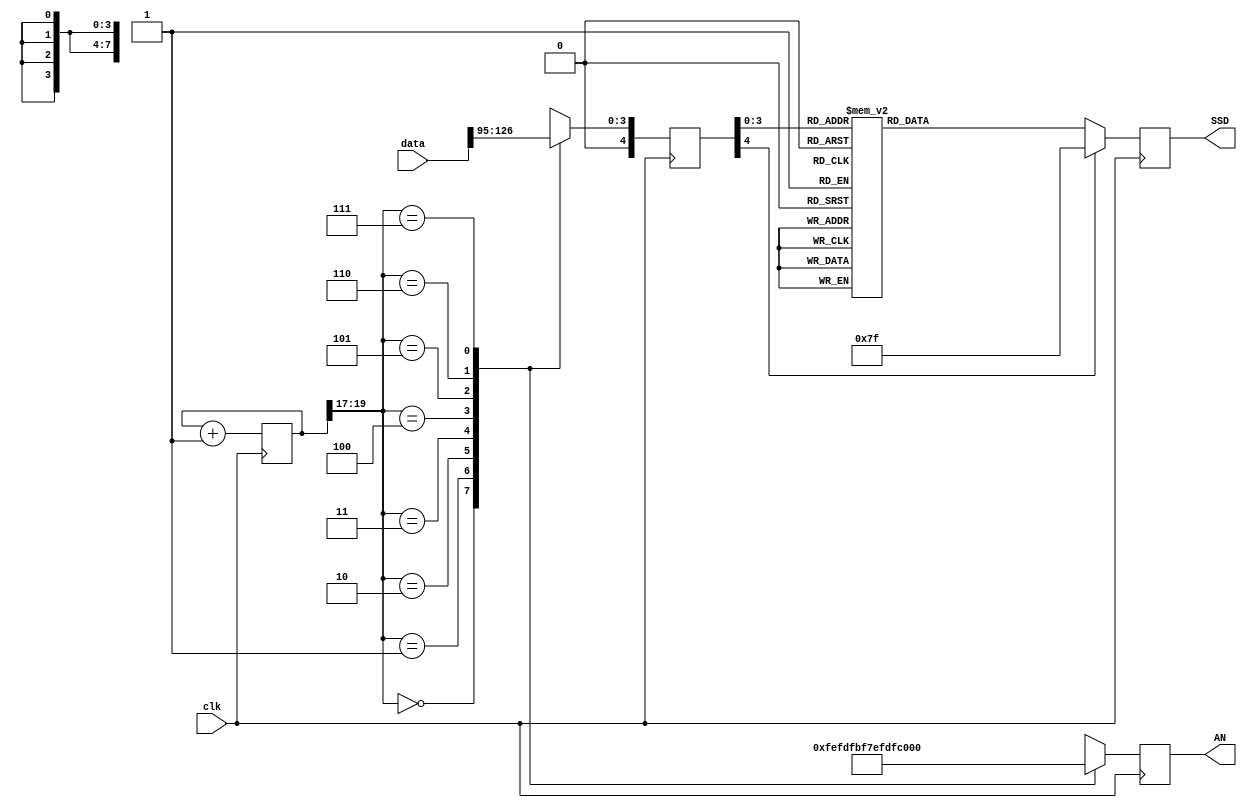
`timescale 1ns / 1ps
//////////////////////////////////////////////////////////////////////////////////
// Company: 
// Engineer: 
// 
// Design Name: 
// Module Name: ssd
// Project Name: 
// Target Devices: 
// Tool Versions: 
// Description: 
// 
// Dependencies: 
// 
// Revision:
// Revision 0.01 - File Created
// Additional Comments:
// 
//////////////////////////////////////////////////////////////////////////////////


module ssd(clk, data, SSD, AN);
    //literally count up and then 0 to go through all LEDS and then store the right information in them
	input  [127:0] data;
    input clk;
    output reg [6:0] SSD;
    output reg [7:0] AN;

    wire [2:0] internal_clock;
    reg [4:0] digit;
    reg [19:0] divide_clock;

    assign internal_clock = divide_clock[19:17];

always @(posedge clk) begin
    digit[4] <= 1'b0;
	case(internal_clock)
        0: begin
            AN <= 8'b11111110;
            digit[3:0] <= data[127:123];
        end
        1: begin
            AN <= 8'b11111101;
            digit[3:0] <= data[122:119];
        end
        2: begin
            AN <= 8'b11111011;
            digit[3:0] <= data[118:115];
        end
        3: begin
            AN <= 8'b11110111;
            digit[3:0] <= data[114:111];
        end
        4: begin
            AN <= 8'b11101111;
            digit[3:0] <= data[110:107];
        end
        5: begin
            AN <= 8'b11011111;
            digit[3:0] <= data[106:103];
        end
        6: begin
            AN <= 8'b10111111;
            digit[3:0] <= data[102:99];
        end
        7: begin
            AN <= 8'b01111111;
            digit[3:0] <= data[98:95];
        end
	endcase
end	

//decoder or truth-table for 7SSD display values
always @(posedge clk) begin
   case(digit)
        0: begin
            SSD <= 7'b1000000;////0000
        end
        1: begin
            SSD <= 7'b1111001;////0001
        end
        2: begin
            SSD <= 7'b0100100;////0010
        end
        3: begin
            SSD <= 7'b0110000;////0011
        end
        4: begin
            SSD <= 7'b0011001;////0100
        end
        5: begin
            SSD <= 7'b0010010;////0101
        end
        6: begin
            SSD <= 7'b0000010;////0110
        end
        7: begin
            SSD <= 7'b1111000;////0111
        end
        8: begin
            SSD <= 7'b0000000;////1000
        end
        9: begin
            SSD <= 7'b0010000;////1001
        end
        'hA: begin
            SSD <= 7'b0001000;////1010
        end
        'hB: begin
            SSD <= 7'b0000011;////1011
        end
        'hC: begin
            SSD <= 7'b1000110;////1100
        end
        'hD: begin
            SSD <= 7'b0100001;////1101
        end
        'hE: begin
            SSD <= 7'b0000110;////1110
        end
        'hF: begin
            SSD <= 7'b0001110;////1111
        end
        default: begin
            SSD <= 7'b1111111; // all turned off
        end
    endcase
end

//clkdiv
always @(posedge clk) begin
    divide_clock <= divide_clock + 1;
end

endmodule